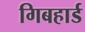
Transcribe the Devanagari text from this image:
गिबहार्ड